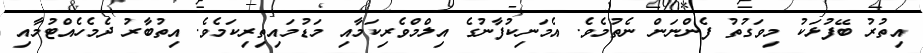
އިތުރު ބޭފުޅަކު މިވަގުތު ފެންނަން ނެތުމެވެ. އެމަނިކުފާނުގެ އިލްމްވެރިކަމާއި މަޑުމައިތިރިކަމެވެ. އިތުބާރު ދެމެހެއްޓުމާއި